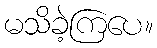
မသိခဲ့ကြပေ။